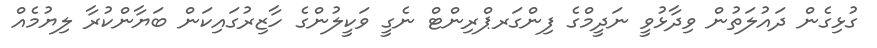
ގުޅިގެން ދައުލަތުން ވިދާޅުވީ ނަދީމްގެ ފިންގަރޕްރިންޓް ނެގީ ވަކީލުންގެ ހާޒިރުގައިކަން ބަޔާންކުރާ ލިޔުމެއް